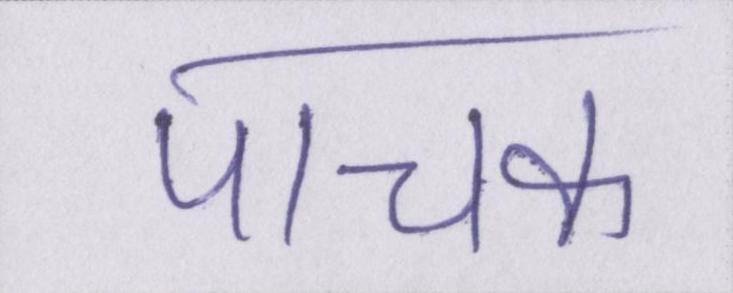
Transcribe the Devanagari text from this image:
पाचक